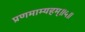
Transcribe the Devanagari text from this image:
प्रणमाम्यहम्॥५॥